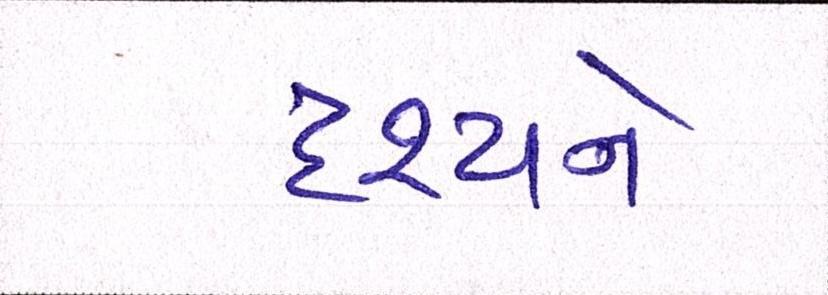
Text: દૃશ્યને